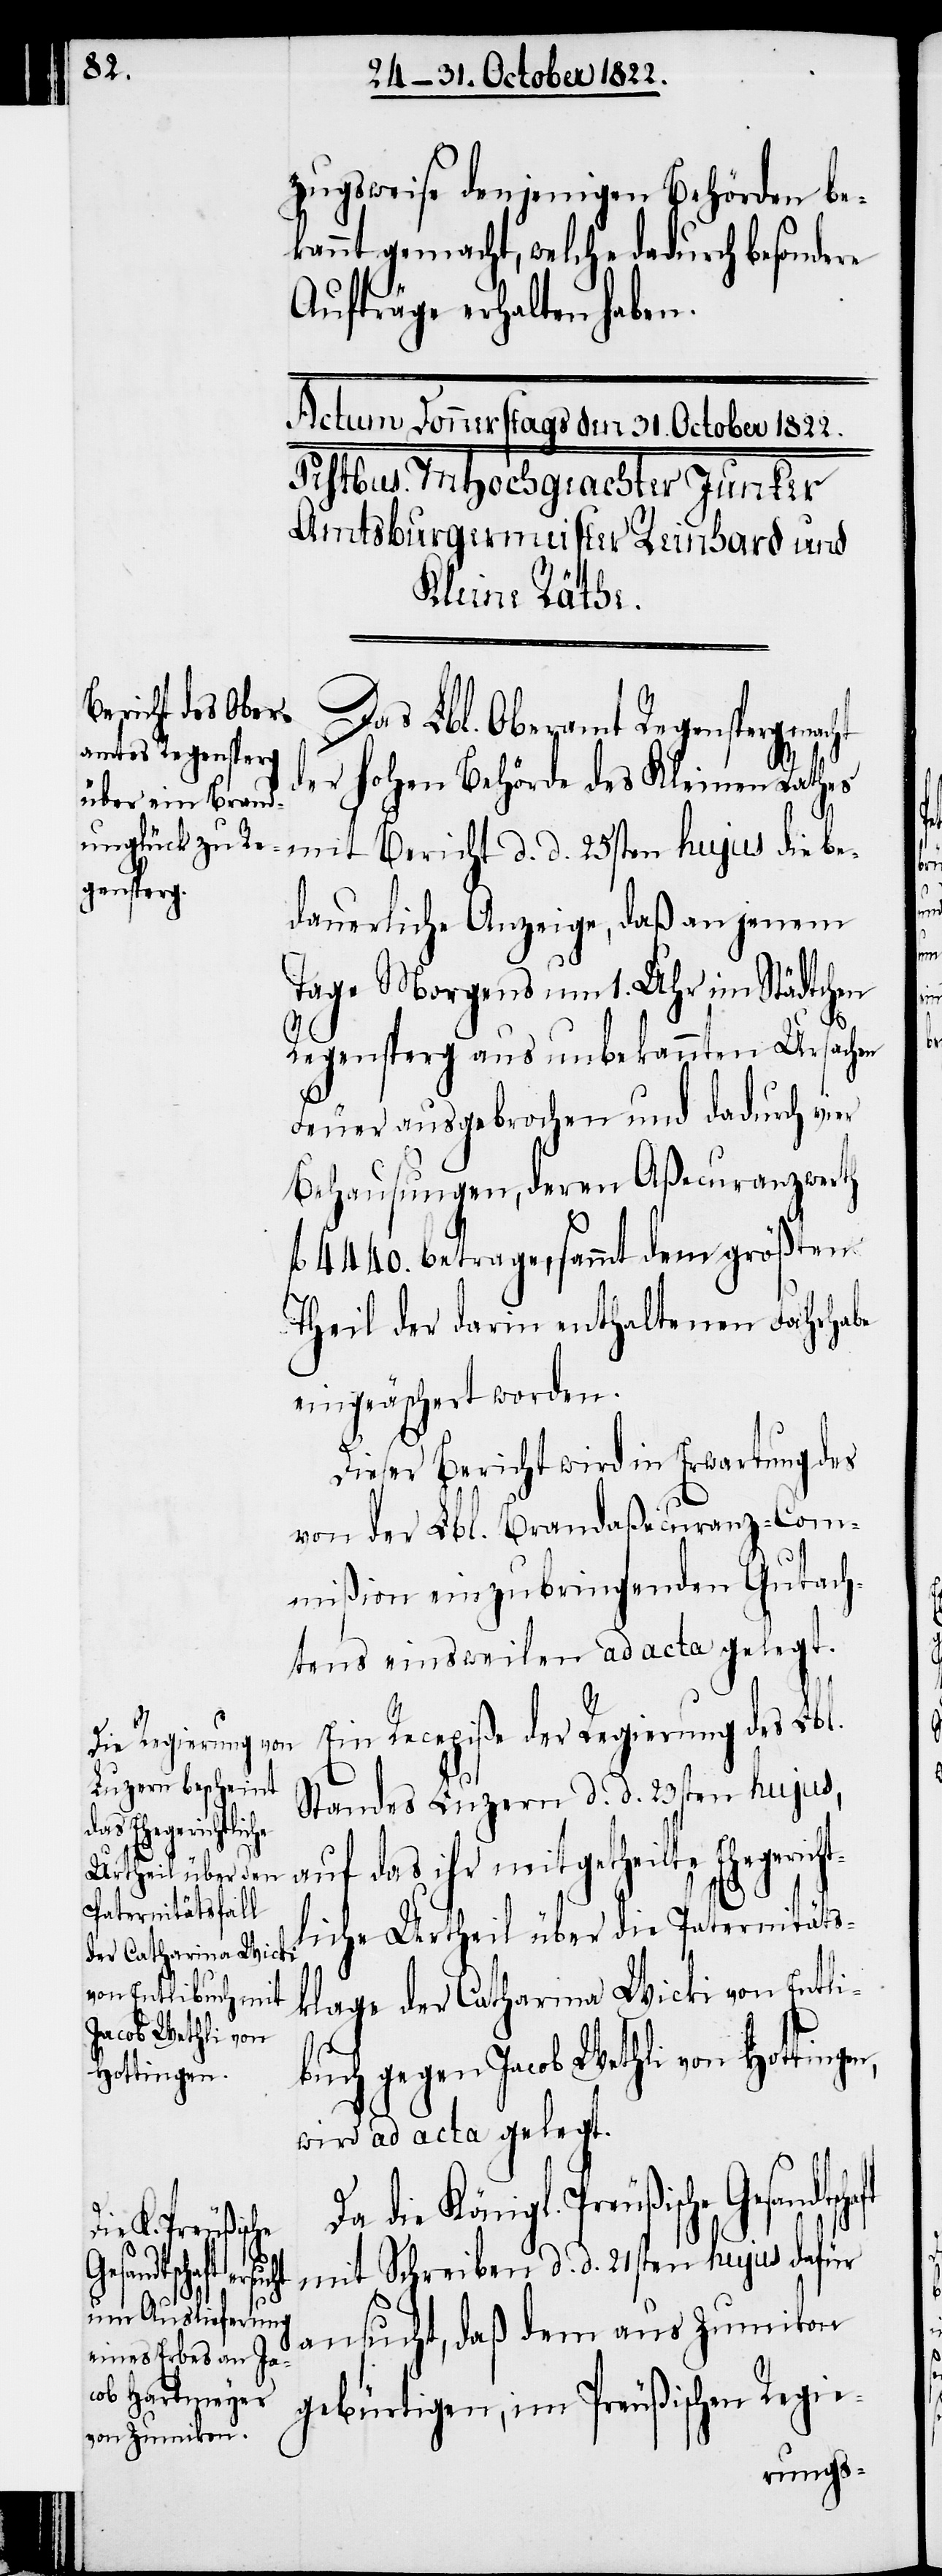
zugsweise denjenigen Behörden be¬
kannt gemacht, welche dadurch besondere
gl.
Aufträge erhalten haben.
Das Lbl. Oberamt Regensperg mac¬
der hohen Behörde des Kleinen Rathes
dauerliche Anzeige, daß an jenem
Tage Morgens um 1. Uhr im Städtchen
d.
Regensperg aus unbekannten Ursachen
Feuer ausgebrochen und dadurch vier
Behausungen, deren Aßecuranzwerth
fl. 4440. betragen, sammt dem größten
Theil der darin enthaltenen Fahrhabe
eingeäschert worden.
Dieser Bericht wird in Erwartung des
von der Lbl. Brandaßecuranz-Com¬
mißion einzubringenden Gutach¬
tens einsweilen ad acta gelegt.
Ein Recepiße der Regierung des Lbl.
Standes Luzern d. d. 23sten hujus,
auf das ihr mitgetheilte Ehegeric¬
liche Urtheil über die Paternitäts¬
klage der Catharina Wicki von Entli¬
Jacob Wethli von
Hottingen,
wird ad acta gelegt.
mit Bericht
mit Schreiben d. d. 21sten hujus dafür
Gesandtschaft
ansucht, daß dem aus Zumikon
gebürtigen, im Preußischen Regie-